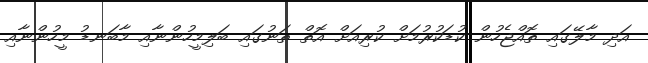
އަދި މާލޭގައި ތޮއްޖެހުން ކުޑަކުރުމަށް ކުރިއަށް އޮތް ތަނުގައި ބަލިމީހުންނާއި މާބަނޑު މީހުންނާއި